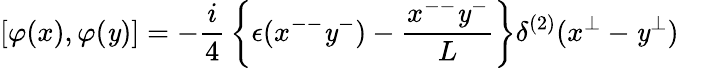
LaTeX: \left[\varphi(x),\varphi(\mathit{y})\right]=-{\frac{{i}}{{4}}}\left\{ \epsilon(x^{--}\mathit{y}^{-})-{\frac{{x^{--}\mathit{y}^{-}}}{{L}}}\right\} \delta^{(2)}(x^{\bot}-\mathit{y}^{\bot})\quad